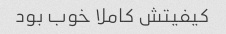
کیفیتش کاملا خوب بود